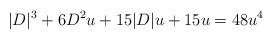
LaTeX: \begin{align*}|D|^3+6D^2 u + 15|D|u+15u =48u^4\end{align*}